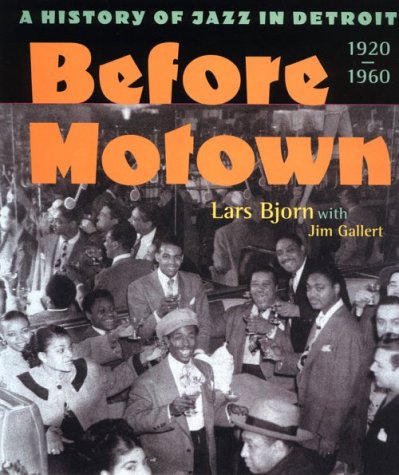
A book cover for Before Motown: A History of Jazz in Detroit, 1920-60; Lars Bjorn; Biographies & Memoirs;